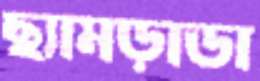
ছ্যামড়াডা